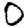
Digit: 0